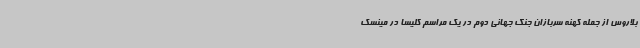
بلاروس از جمله کهنه سربازان جنگ جهانی دوم در یک مراسم کلیسا در مینسک